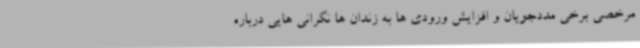
مرخصی برخی مددجویان و افزایش ورودی ها به زندان ها نگرانی هایی درباره